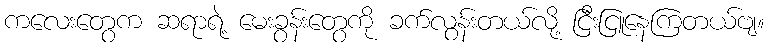
ကလေးတွေက ဆရာရဲ့ မေးခွန်းတွေကို ခက်လွန်းတယ်လို့ ငြီးငြူနေကြတယ်ဗျ။